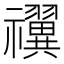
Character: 𬓝